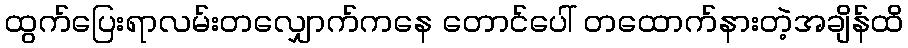
ထွက်ပြေးရာလမ်းတလျှောက်ကနေ တောင်ပေါ် တထောက်နားတဲ့အချိန်ထိ